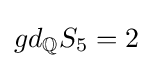
gd_{\mathbb {Q} }S_{5}=2